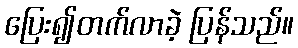
ပြေး၍တက်လာခဲ့ ပြန်သည်။